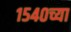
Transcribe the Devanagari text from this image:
१५४०च्या